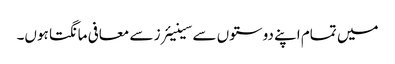
میں تمام اپنے دوستوں سے سینیئرز سے معافی مانگتا ہوں۔